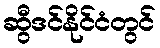
ဆွီဒင်နိုင်ငံတွင်